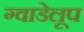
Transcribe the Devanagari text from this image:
ग्वाडेलूप